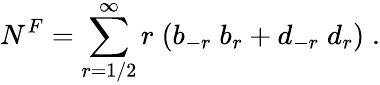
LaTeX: N^{F}=\sum_{r=1/2}^{\infty}r\; (b_{-r}\; b_{r}+d_{-r}\; d_{r})\; .